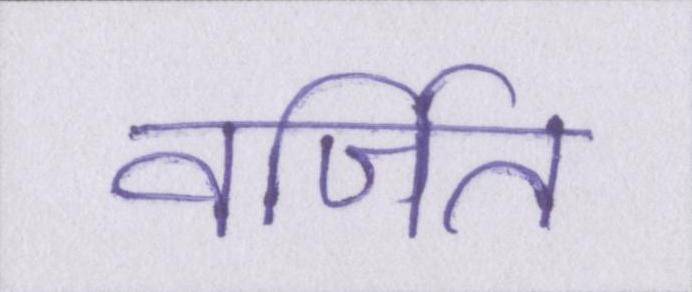
वर्जित